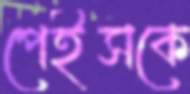
পেইসকে